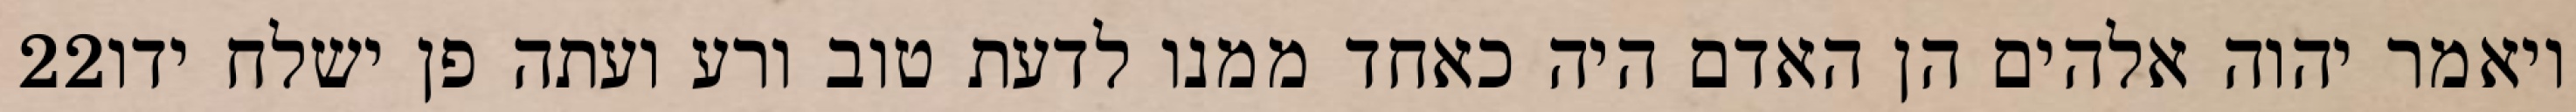
‎22‏ ויאמר יהוה אלהים הן האדם היה כאחד ממנו לדעת טוב ורע ועתה פן ישלח ידו